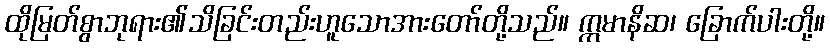
ထိုမြတ်စွာဘုရား၏သိခြင်းတည်းဟူသောအားတော်တို့သည်။ ဣမာနိဆ၊ ခြောက်ပါးတို့။